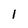
Character: 1